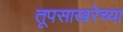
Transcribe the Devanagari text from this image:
तूपसाखरेच्या